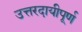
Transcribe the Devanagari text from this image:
उत्तरदायीपूर्ण